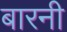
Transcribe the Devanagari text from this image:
बारनी